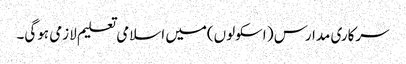
سرکاری مدارس ( اسکولوں)میں اسلامی تعلیم لازمی ہوگی۔